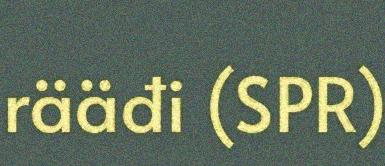
rääđi (SPR)